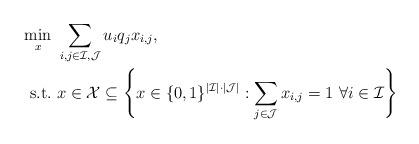
LaTeX: \begin{align*}\min_{x} & \ \sum_{i,j \in \mathcal{I}, \mathcal{J}} u_i q_j x_{i,j}, \\\mathrm{s.t.} & \ x \in \mathcal{X} \subseteq \left\{x \in \{0,1\}^{|\mathcal{I}|\cdot|\mathcal{J}|}:\sum_{j \in \mathcal{J}} x_{i,j} = 1 \ \forall i \in \mathcal{I}\right\}\end{align*}